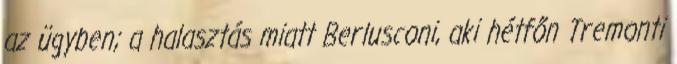
az ügyben; a halasztás miatt Berlusconi, aki hétfőn Tremonti